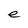
Character: e